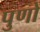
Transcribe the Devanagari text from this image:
पुणो